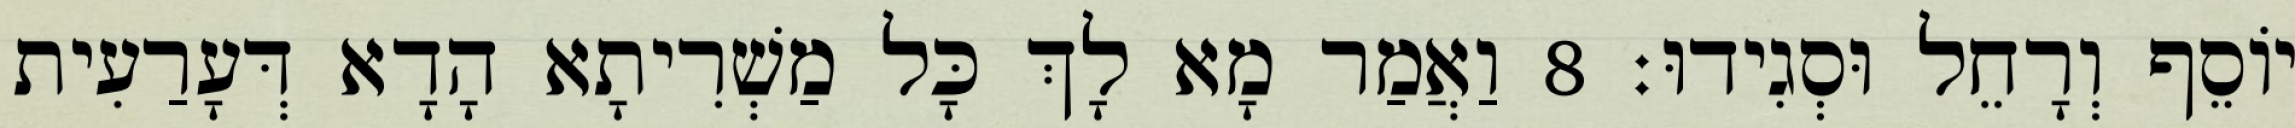
יוֹסֵף וְרָחֵל וּסְגִידוּ׃ 8 וַאֲמַר מָא לָךְ כָּל מַשְׁרִיתָא הָדָא דְּעָרַעִית